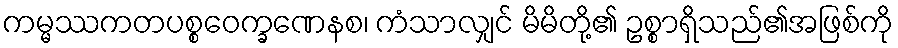
ကမ္မဿကတပစ္စဝေက္ခဏေနစ၊ ကံသာလျှင် မိမိတို့၏ ဥစ္စာရှိသည်၏အဖြစ်ကို